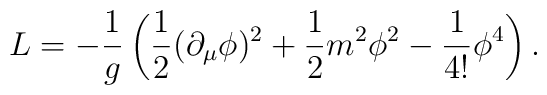
L=-\frac{1}{g}\left(\frac{1}{2}(\partial _\mu \phi )^2  +\frac12m^2\phi^2-\frac{1}{4!}\phi ^4\right).